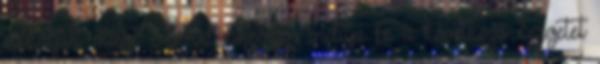
mutatjuk, miért 884Ed Sheeran indítja be a következő Szigetet